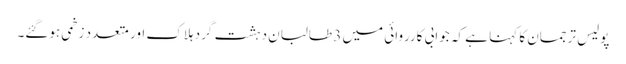
پولیس ترجمان کا کہنا ہے کہ جوابی کارروائی میں 3 طالبان دہشت گرد ہلاک اور متعدد زخمی ہوگئے۔